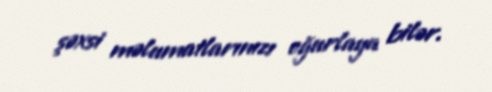
şəxsi məlumatlarınızı oğurlaya bilər.